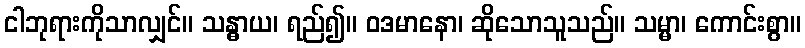
ငါဘုရားကိုသာလျှင်။ သန္ဓာယ၊ ရည်၍။ ဝဒမာနော၊ ဆိုသောသူသည်။ သမ္မာ၊ ကောင်းစွာ။